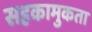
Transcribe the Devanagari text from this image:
सहकामुकता